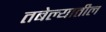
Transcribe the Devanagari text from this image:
तबेल्यातील